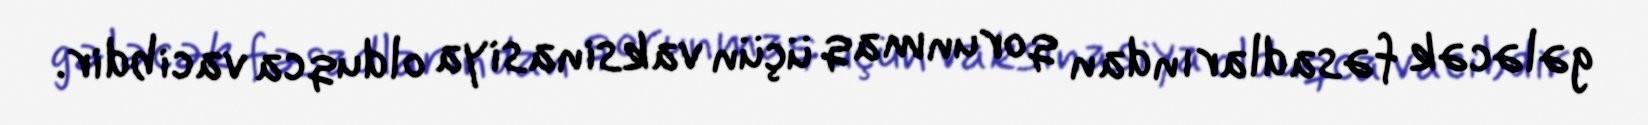
gələcək fəsadlarından qorunmaq üçün vaksinasiya olduqca vacibdir.